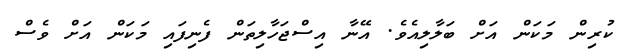
ކުރިން މަކަން އަށް ބަލާލިއެވެ. އޭނާ އިސްޖަހާލިތަން ފެނިފައި މަކަން އަށް ވެސް